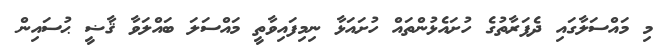
މި މައްސަލާގައި ދެފަރާތުގެ ހުށައެޅުންތައް ހުށައަޅާ ނިމިފައިވާތީ މައްސަލަ ބައްލަވާ ޤާޟީ ޙުސައިން